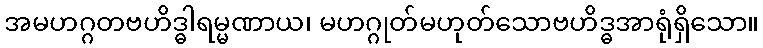
အမဟဂ္ဂတဗဟိဒ္ဓါရမ္မဏာယ၊ မဟဂ္ဂုတ်မဟုတ်သောဗဟိဒ္ဓအာရုံရှိသော။